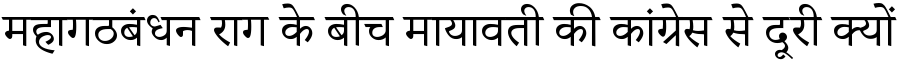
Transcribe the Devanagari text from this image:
महागठबंधन राग के बीच मायावती की कांग्रेस से दूरी क्यों